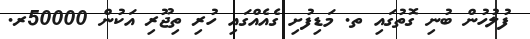
ފުލުހުން ބުނި ގޮތުގައި ތ. މަޑިފުށި ގެއެއްގައި ހުރި ތިޖޫރި އަކުން 50000ރ.